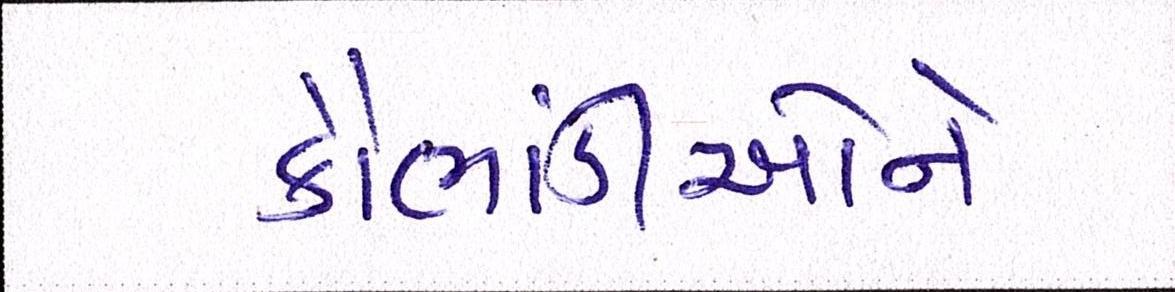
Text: કૌભાંડીઓને